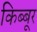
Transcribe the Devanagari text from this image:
किब्बूर